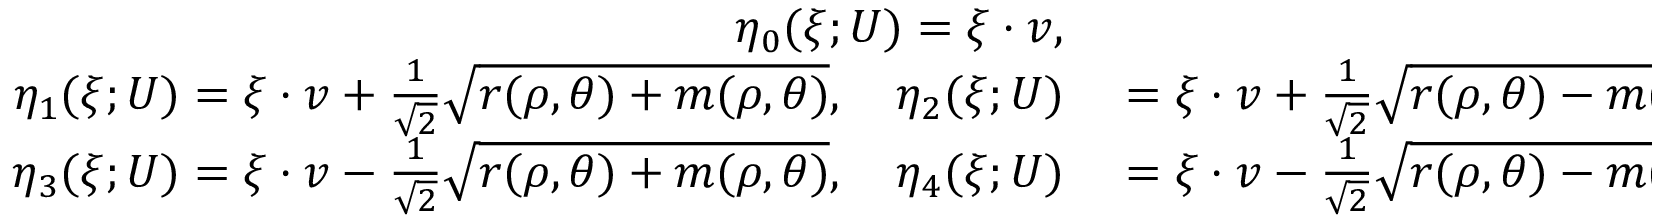
\begin{array} { r l } { \eta _ { 0 } ( \xi ; U ) = \xi \cdot v , } & { { } } \\ { \eta _ { 1 } ( \xi ; U ) = \xi \cdot v + \frac { 1 } { \sqrt { 2 } } \sqrt { r ( \rho , \theta ) + m ( \rho , \theta ) } , \quad \eta _ { 2 } ( \xi ; U ) } & { { } = \xi \cdot v + \frac { 1 } { \sqrt { 2 } } \sqrt { r ( \rho , \theta ) - m ( \rho , \theta ) } , } \\ { \eta _ { 3 } ( \xi ; U ) = \xi \cdot v - \frac { 1 } { \sqrt { 2 } } \sqrt { r ( \rho , \theta ) + m ( \rho , \theta ) } , \quad \eta _ { 4 } ( \xi ; U ) } & { { } = \xi \cdot v - \frac { 1 } { \sqrt { 2 } } \sqrt { r ( \rho , \theta ) - m ( \rho , \theta ) } , } \end{array}